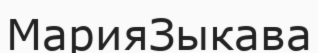
МарияЗыкава